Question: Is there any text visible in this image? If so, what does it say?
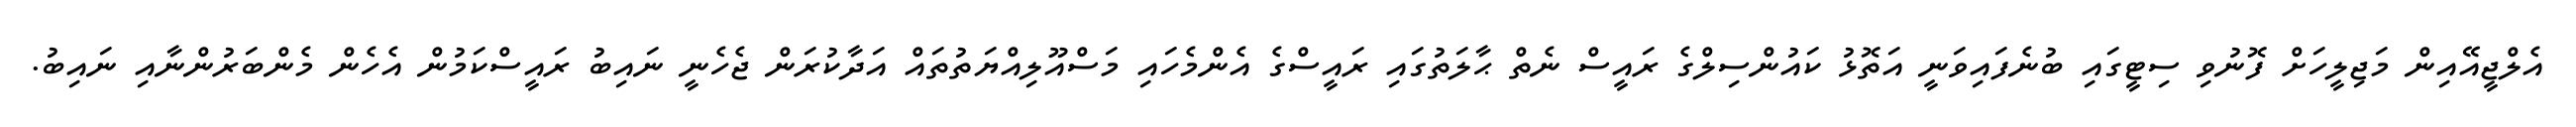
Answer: އެލްޖީއޭއިން މަޖިލީހަށް ފޮނުވި ސިޓީގައި ބުނެފައިވަނީ އަތޮޅު ކައުންސިލްގެ ރައީސް ނެތް ޙާލަތުގައި ރައީސްގެ އެންމެހައި މަސްއޫލިއްޔަތުތައް އަދާކުރަން ޖެހެނީ ނައިބު ރައީސްކަމުން އެހެން މެންބަރުންނާއި ނައިބު.